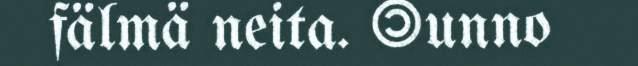
fälmä neita. ©unno